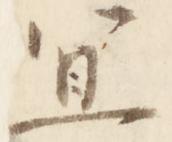
宜